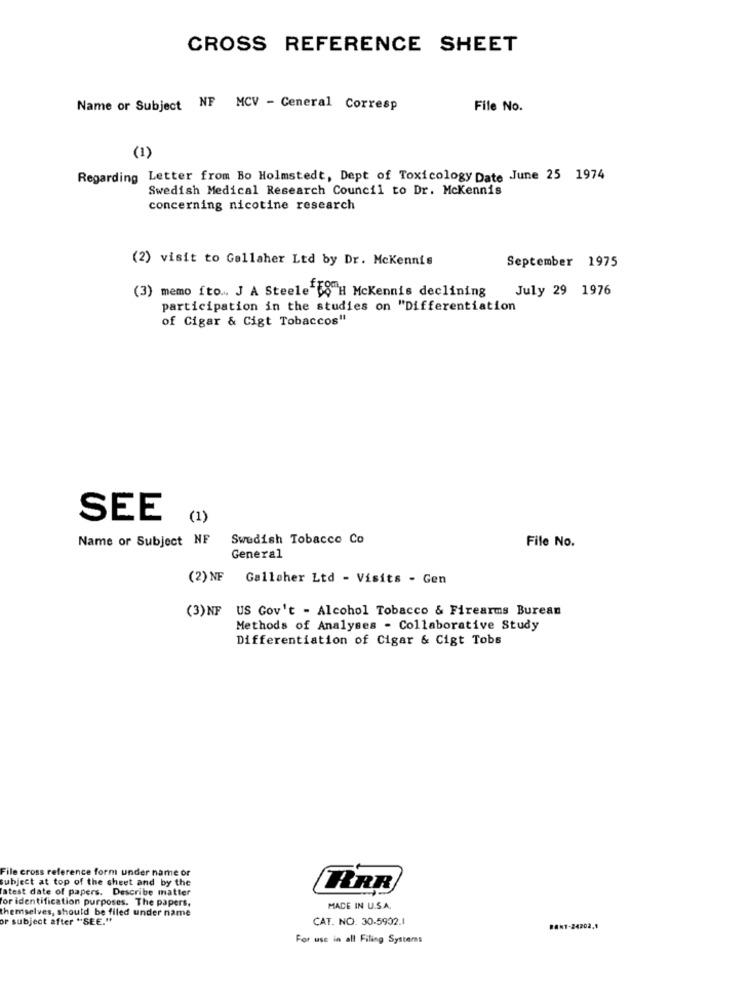
CROSS REFERENCE SHEET
Name or Subject NF MCV - General Corresp
File No.
(1)
Regarding Letter from Bo Holmstedt, Dept of Toxicology Date June 25 1974
Swedish Medical Research Council to Dr. McKennis
concerning nicotine research
(2) visit to Gallaher Ltd by Dr. McKennis
September 1975
(3) memo fto ... J A Steele 8 H McKennis declining
July 29 1976
participation in the studies on "Differentiation
of Cigar & Cigt Tobaccos"
SEE
(1)
Name or Subject NF Swedish Tobacco Co
File No.
General
(2) NF
Galloher Ltd - Visits - Gen
(3)NF US Gov't - Alcohol Tobacco & Firearms Burean
Methods of Analyses - Collaborative Study
Differentiation of Cigar & Cigt Tobs
File cross reference form under name or
subject at top of the sheet and by the
latest date of papers. Describe matter
for identification purposes. The papers,
themselves, should be filed under name
MADE IN U.S.A.
or subject after "SEE."
CAT. NO. 30-5902.1
BANT-24202.1
For use in all Filing Systems